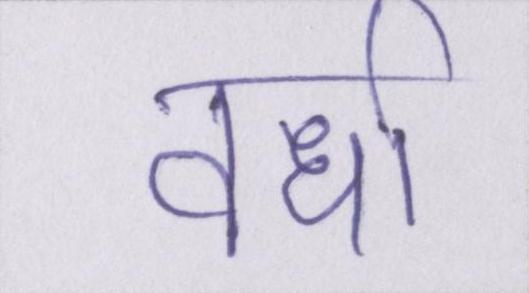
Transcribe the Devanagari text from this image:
वर्धा